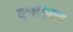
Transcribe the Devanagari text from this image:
द्नाइस्त्र